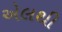
એલથી